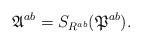
LaTeX: \begin{align*}\mathfrak{A}^{ab}=S_{{R}^{ab}}(\mathfrak{P}^{ab}). \end{align*}